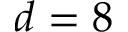
d = 8